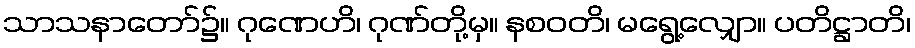
သာသနာတော်၌။ ဂုဏေဟိ၊ ဂုဏ်တို့မှ။ နစဝတိ၊ မရွေ့လျှော။ ပတိဋ္ဌာတိ၊